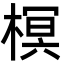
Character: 榠